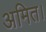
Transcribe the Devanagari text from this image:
अमित।